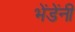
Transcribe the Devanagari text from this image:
भेंडेंनी